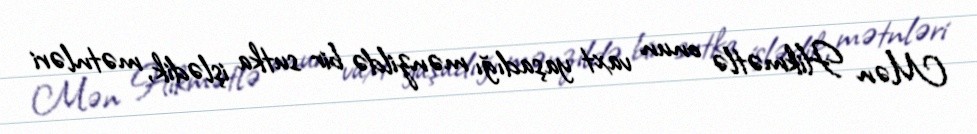
Mən Hikmətlə onun vaxt yaşadığı mənzildə bir sutka işlədik, mətnləri